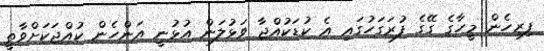
ފިރިހެން މީހާގެ ގޭގެ ފުރަގަހުގައި އެ ކުޑަކުއްޖާ ވަޅުލަން އުޅުނީ އަންހެން ކުއްޖަކަށްވާތީ